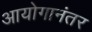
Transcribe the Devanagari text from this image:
आयोगानंतर